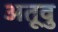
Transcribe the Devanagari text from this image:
अतूवु